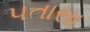
પતાસા